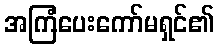
အကြံပေးကော်မရှင်၏